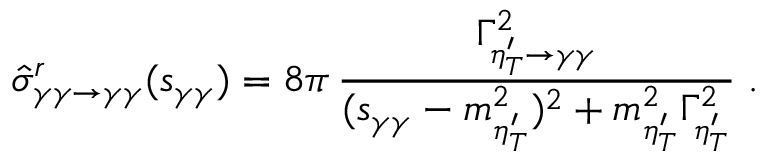
\hat { \sigma } _ { \gamma \gamma \rightarrow \gamma \gamma } ^ { r } ( s _ { \gamma \gamma } ) = 8 \pi \, { \frac { \Gamma _ { \eta _ { T } ^ { \prime } \rightarrow \gamma \gamma } ^ { 2 } } { ( s _ { \gamma \gamma } - m _ { \eta _ { T } ^ { \prime } } ^ { 2 } ) ^ { 2 } + m _ { \eta _ { T } ^ { \prime } } ^ { 2 } \Gamma _ { \eta _ { T } ^ { \prime } } ^ { 2 } } } \; .